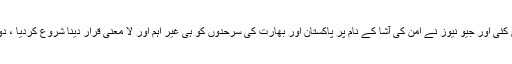
بات شخصیات سے آگے نکل کر اداروں ، قومی نظریات اور قومی سلامتی تک پہنچ کئی اور جیو نیوز نے امن کی آشا کے نام پر پاکستان اور بھارت کی سرحدوں کو ہی غیر اہم اور لا معنی قرار دینا شروع کردیا ، دوسری طرف ٹائمز آف انڈیا گروپ تھا جو بھارت کا قومی نکتۂ نظر ہی پھیلاتا رہا۔